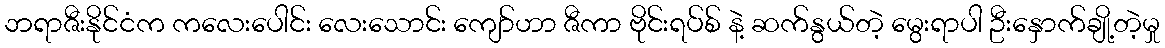
ဘရာဇီးနိုင်ငံက ကလေးပေါင်း လေးသောင်း ကျော်ဟာ ဇီကာ ဗိုင်းရပ်စ် နဲ့ ဆက်နွယ်တဲ့ မွေးရာပါ ဦးနှောက်ချို့တဲ့မှု